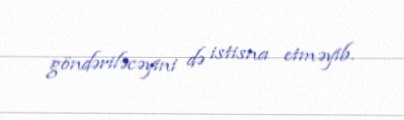
göndəriləcəyini də istisna etməyib.